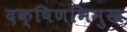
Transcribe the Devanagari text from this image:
दक्षिणभिमुख